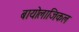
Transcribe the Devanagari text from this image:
बायोलाजिकल